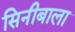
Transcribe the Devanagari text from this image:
सिनीबाला